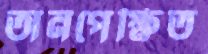
অনপেক্ষিত